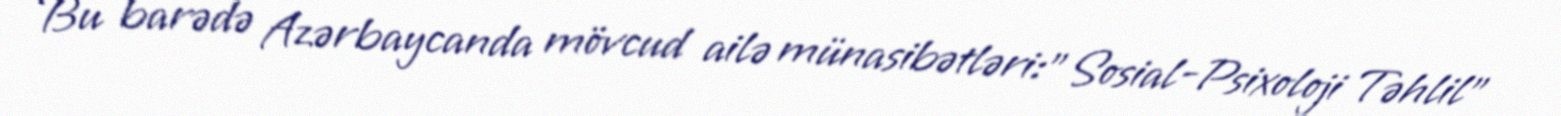
Bu barədə Azərbaycanda mövcud ailə münasibətləri:"Sosial-Psixoloji Təhlil"